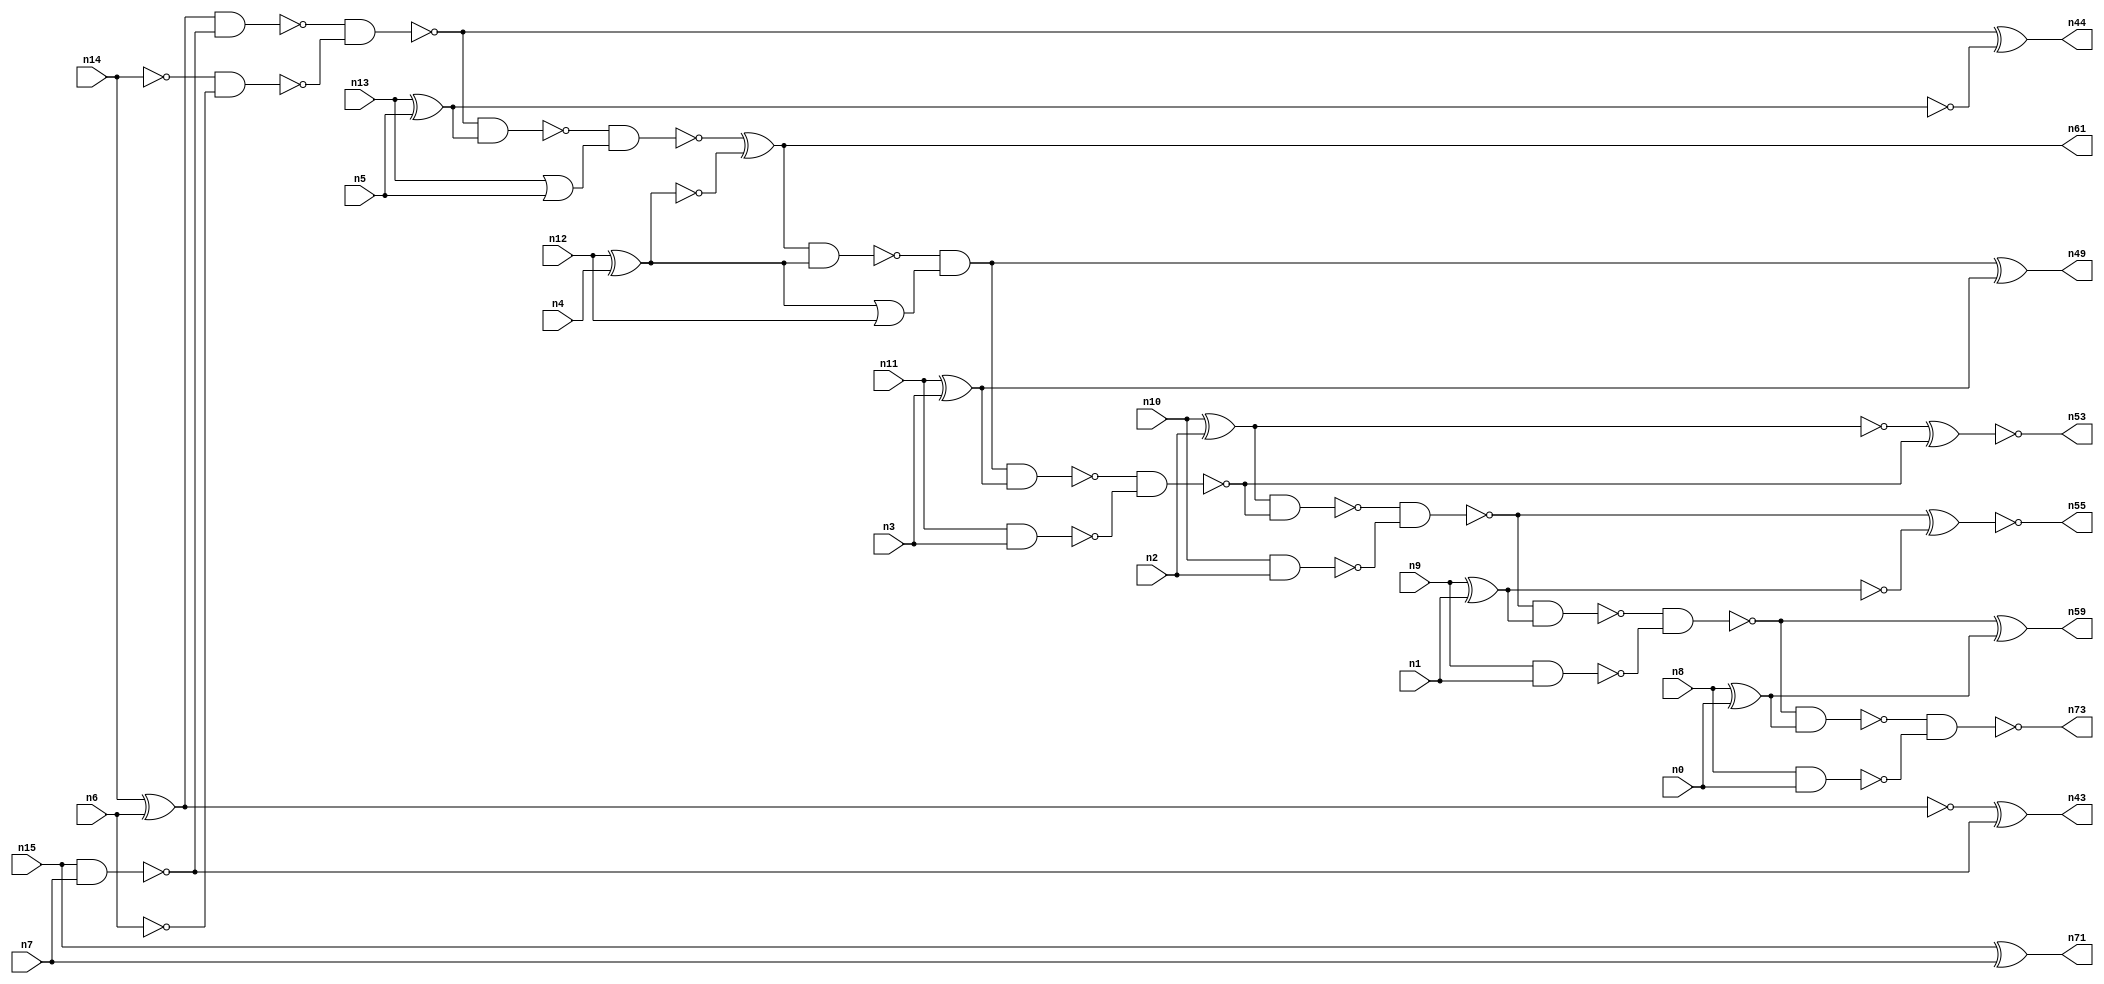
// This file contains a pareto-optimal circuit with respect to power and the fault-resilince parameter p_fault which is defined as:
// "For all input vectors, the ratio of the no. of faults observable at the POs to the no. of total possible faults in the circuit".
// This code is part of the ReCkt library (https://github.com/umar-afzaal/ReCkt) distributed under The MIT License.
// When used, please cite the following article(s):
// U. Afzaal, A.S. Hassan, M. Usman and J.A. Lee, "On the Evolutionary Synthesis of Increased Fault-resilience Arithmetic Circuits".

// p_fault = 89.4 %    (Lower is better)
// gates = 48.0
// levels = 17
// area = 63.96    (For MCNC library relative to nand2)
// power = 251.1 uW    (Berkely-SIS for MCNC library @ Vdd=5V and 20 MHz clock)
// delay = 21.1 ns    (Berkely-ABC for MCNC library)
// PDP = 5.29821e-12 J

// Pin mapping:
// {n0, n1, n2, n3, n4, n5, n6, n7} = A[7:0]
// {n8, n9, n10, n11, n12, n13, n14, n15} = B[7:0]
// {n73, n59, n55, n53, n49, n61, n44, n43, n71} = O[8:0]

module addr8u_power_4 (
n0, n1, n2, n3, n4, n5, n6, n7, n8, n9, n10, n11, n12, n13, n14, n15, 
n73, n59, n55, n53, n49, n61, n44, n43, n71
);

input n0, n1, n2, n3, n4, n5, n6, n7, n8, n9, n10, n11, n12, n13, n14, n15;
output n73, n59, n55, n53, n49, n61, n44, n43, n71;
wire n30, n24, n52, n46, n18, n60, n17, n42, n51, n45, n36, n47, n20, n37, n56, n23, n16, n40, n48, n21, 
n25, n41, n54, n27, n33, n28, n58, n22, n38, n39, n57, n31, n19, n34, n32, n26, n50, n29, n35;

xor (n16, n14, n6);
nand (n17, n10, n2);
nand (n18, n15, n7);
xor (n19, n13, n5);
nand (n20, n9, n1);
xor (n21, n8, n0);
nand (n22, n14, n14);
xor (n23, n11, n3);
xor (n24, n15, n7);
xor (n25, n10, n2);
or (n26, n13, n5);
xor (n27, n12, n4);
nand (n28, n8, n0);
nand (n29, n11, n3);
nand (n30, n6, n6);
xnor (n31, n9, n1);
or (n32, n27, n12);
nand (n33, n27, n27);
nand (n34, n16, n18);
nand (n35, n19, n19);
nand (n36, n22, n30);
nand (n37, n25, n25);
nand (n38, n31, n31);
nand (n39, n38, n38);
nand (n40, n16, n16);
nand (n41, n34, n36);
nand (n42, n41, n19);
xor (n43, n40, n18);
xor (n44, n41, n35);
nand (n45, n42, n26);
xor (n46, n45, n33);
nand (n47, n46, n27);
and (n48, n47, n32);
xor (n49, n48, n23);
nand (n50, n48, n23);
nand (n51, n50, n29);
nand (n52, n25, n51);
xnor (n53, n37, n51);
nand (n54, n52, n17);
xnor (n55, n54, n39);
nand (n56, n54, n38);
nand (n57, n56, n20);
nand (n58, n57, n21);
xor (n59, n57, n21);
nand (n60, n58, n28);
and (n61, n46, n46);
and (n71, n24, n24);
or (n73, n60, n60);

endmodule